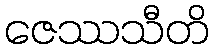
ဇေဿသီတိ